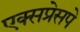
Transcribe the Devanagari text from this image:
एक्सप्रेसपे